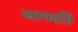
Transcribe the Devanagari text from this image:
जामदग्नि